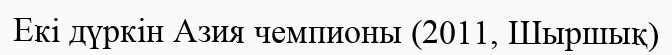
Екі дүркін Азия чемпионы (2011, Шыршық)